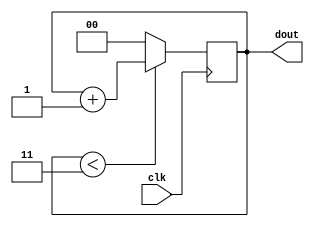
`timescale 1ns / 1ps
//////////////////////////////////////////////////////////////////////////////////
// Company: 
// Engineer: 
// 
// Design Name: 
// Module Name: cnt
// Project Name: 
// Target Devices: 
// Tool Versions: 
// Description: 
// 
// Dependencies: 
// 
// Revision:
// Revision 0.01 - File Created
// Additional Comments:
// 
//////////////////////////////////////////////////////////////////////////////////


module cnt(clk, dout);
    input clk;
    output reg [1:0] dout;
    
    always@(posedge clk) begin
        if(dout < 3)
            dout = dout + 1;
        else
            dout = 0;
    end
endmodule